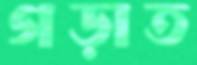
গড়াত